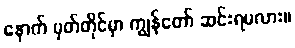
နောက် မှတ်တိုင်မှာ ကျွန်တော် ဆင်းရမလား။